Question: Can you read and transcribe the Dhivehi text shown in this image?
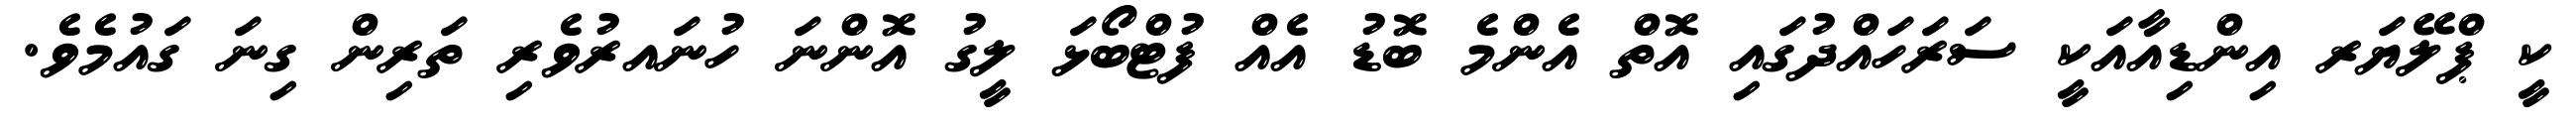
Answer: ކީ ޕްލޭޔަރ އިންޑިއާއަކީ ސަރަހައްދުގައި އޮތް އެންމެ ބޮޑު އެއް ފުޓްބޯޅަ ލީގު އޮންނަ ހުނައރުވެރި ތަރިން ގިނަ ގައުމެވެ.